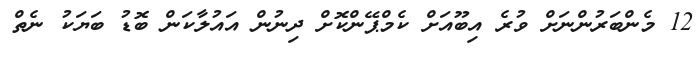
12 މެންބަރުންނަށް ވުރެ އިބޫއަށް ކެމްޕޭންކޮށް ދިނުން އައުލާކަން ބޮޑު ބަޔަކު ނެތް